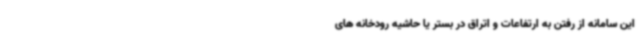
این سامانه از رفتن به ارتفاعات و اتراق در بستر یا حاشیه رودخانه های